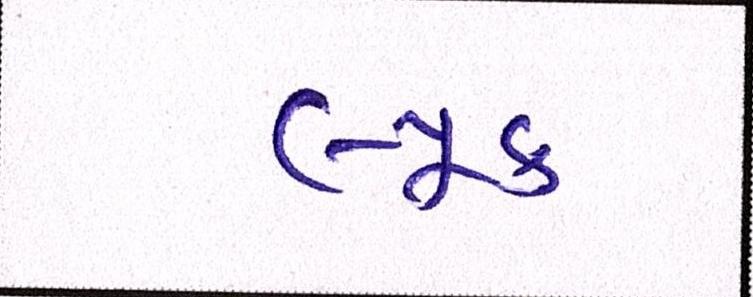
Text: લ્યૂક